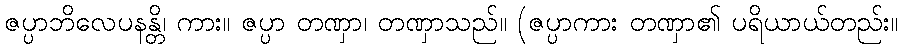
ဇပ္ပာဘိလေပနန္တိ၊ ကား။ ဇပ္ပာ တဏှာ၊ တဏှာသည်။ (ဇပ္ပာကား တဏှာ၏ ပရိယာယ်တည်း။